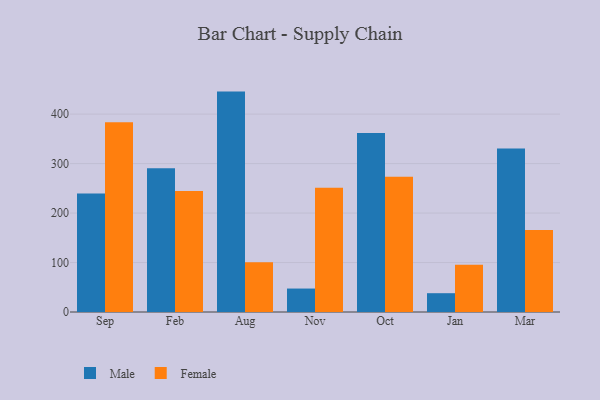
{"axis": {"x": "Month", "y": "Revenue (USD Million)"}, "legend": ["Female", "Male"], "data": [{"x": "Sep", "y": 239.7, "type": "Male"}, {"x": "Sep", "y": 383.4, "type": "Female"}, {"x": "Feb", "y": 290.6, "type": "Male"}, {"x": "Feb", "y": 244.7, "type": "Female"}, {"x": "Aug", "y": 445.5, "type": "Male"}, {"x": "Aug", "y": 100.5, "type": "Female"}, {"x": "Nov", "y": 47.4, "type": "Male"}, {"x": "Nov", "y": 251.3, "type": "Female"}, {"x": "Oct", "y": 361.7, "type": "Male"}, {"x": "Oct", "y": 273.6, "type": "Female"}, {"x": "Jan", "y": 38.0, "type": "Male"}, {"x": "Jan", "y": 95.6, "type": "Female"}, {"x": "Mar", "y": 330.7, "type": "Male"}, {"x": "Mar", "y": 166.0, "type": "Female"}]}